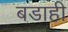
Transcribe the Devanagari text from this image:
बडाही